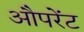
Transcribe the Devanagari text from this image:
औपरेंट